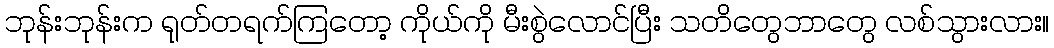
ဘုန်းဘုန်းက ရုတ်တရက်ကြတော့ ကိုယ်ကို မီးစွဲလောင်ပြီး သတိတွေဘာတွေ လစ်သွားလား။